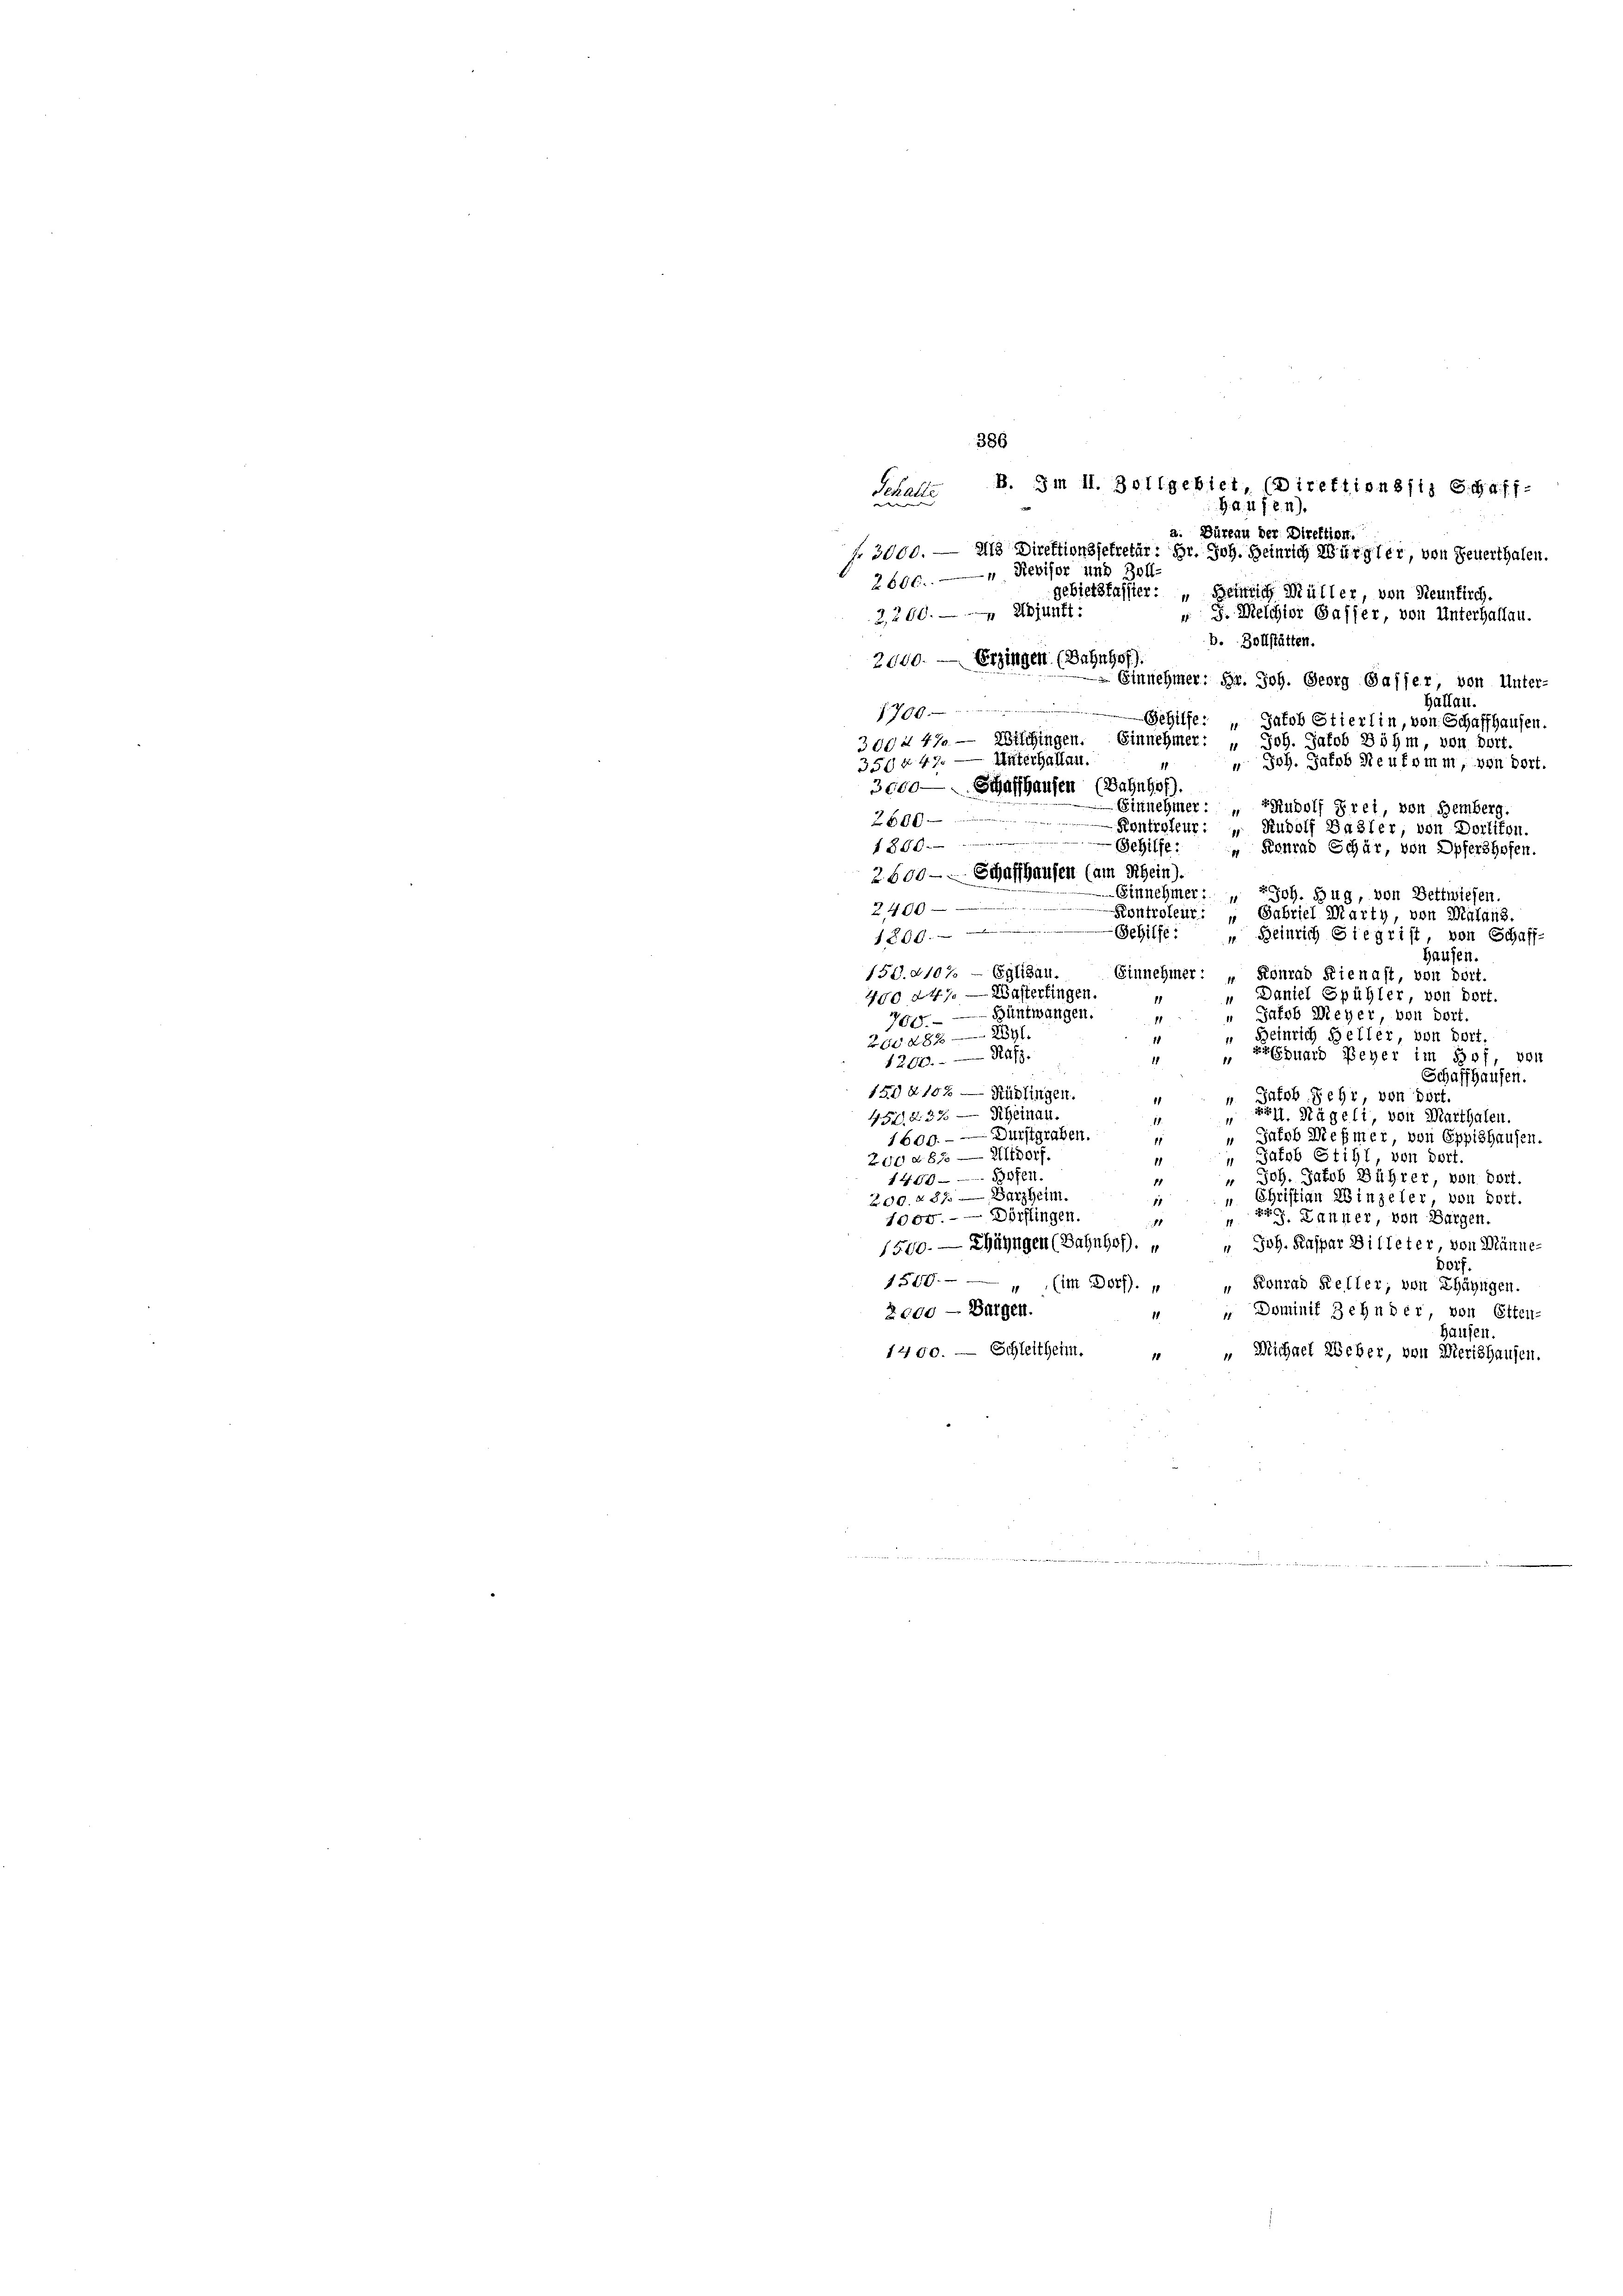
386
Schalle B. Im II. Zollgebiet, Direktionsitz G.Haff-
G. d. 11 f. 8. 11).
a. Büreau der Direktion.
fr 5000. — Als Direktionsfetretär: Hr. Joh. Heinrich Würgler, von Feuerthalen.
2600. — " Revisor und Zoll-
gebietsfasser: „Beinlich Müller, von Neunkirch.
2,200. - Adjunkt:
4 J. Melchior Gaffer, von Unterhalten.
b. Zollstätten.
2000. — Erzingen (Bahnhof)
 Einnehmer: Hr. Joh. Georg Gasser von Unter-
Haflau.
1700
Gehilfe: „Jakob Stierlin, von Schaffhausen.
300 n 47. — Wilchingen. Einnehmer: " Joh. Jakob Böhm, von Dort.
350 n 47. — Unterhallen.
 Joh. Jakob Neufumm, von dort.
3000 — Schaffhausen (Bahnhof).
Einnehmer: „TRudolf Frei, von Hemberg.
2600 Rentigleur: „ Rudolf Basler, von Dorlikon.
1880. 90911761.
Konrad Schär, von Opfershofen.

2 600 — Schaffhausen (am Rhein).
Einnehmer: " " Joh. Zug, von Bettwiesen.
2400
Kontroleur: „Gabriel Marty, von Malans.
266
Gehilfe: „Heinrich Siegrist, von Schaff-
Hausen.
150. 8107 – Gelden.
Einnehmer: „Konrad Kienast, von dort.
400 d. 4. — Wasterfingen.
“ Daniel Spühler, von Dort.
“ Jakob Meyer, von dort.
700. — Hüntwangen.
1
 Beinrich Heller, von dort.
260. 284—2891
ErEhuard Beger im Hof, von
11
1200. R.
Schaffhausen.
150 § 102 — Rüdlingen.
 Jakob Fehr, von dort.
451. 237 — Rheinau.
511. Nägeli, von Marthalen.
1
Durstgraben.
„Jakob Meßmer, von Eppishausen.
1600.
11
" Jacob Still, von dort.
200 d 830 —  Dorf
1
“ Joh. Jakob Bührer, von dort.
1400 — 888821.
200. 287. — Barzheim.
„ Christian Winzeler von dort.
1
1000.- — Dörflingen.
 Läufer, von Bargen.
1
11
" Joh. Kaspar Billeter, von Männe¬
1500. — Ehängen (Bahnhof.
Dorf
1500.— — " (im Dorf). „ „ Konrad Keller; von Ehäzügen.
2000 - Bergen.
 Dominif Zehnder, von Etten-
1
Hausen.
1400. — Schleitheim.
 " Michael Weber, von Wierishausen.